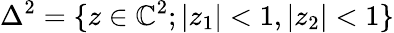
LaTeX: \Delta^{2}=\{ z\in\mathbb{C}^{2};|z_{1}|<1,|z_{2}|<1\}